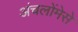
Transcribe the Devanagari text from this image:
अंचलोंमेसे